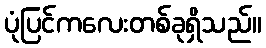
ပုံပြင်ကလေးတစ်ခုရှိသည်။